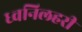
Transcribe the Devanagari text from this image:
ध्वनिलहरी